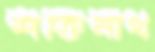
শক্তিনাথ